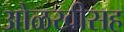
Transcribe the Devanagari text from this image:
ओळखीसह